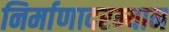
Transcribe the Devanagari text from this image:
निर्माणादरम्यान